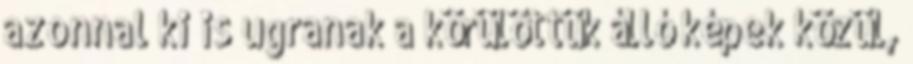
azonnal ki is ugranak a körülöttük álló képek közül,